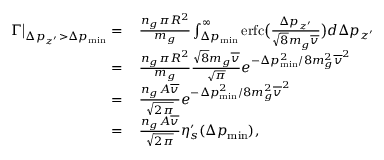
\begin{array} { r l } { \Gamma \big | _ { \Delta p _ { z ^ { \prime } } > \Delta p _ { \mathrm { m i n } } } = } & { \, \frac { n _ { g } \pi R ^ { 2 } } { m _ { g } } \int _ { \Delta p _ { \mathrm { m i n } } } ^ { \infty } \mathrm { e r f c } \big ( \frac { \Delta p _ { z ^ { \prime } } } { \sqrt { 8 } m _ { g } \overline { { v } } } \big ) d \Delta p _ { z ^ { \prime } } } \\ { = } & { \, \frac { n _ { g } \pi R ^ { 2 } } { m _ { g } } \frac { \sqrt { 8 } m _ { g } \overline { { v } } } { \sqrt { \pi } } e ^ { - \Delta p _ { \mathrm { m i n } } ^ { 2 } / 8 m _ { g } ^ { 2 } \overline { { v } } ^ { 2 } } } \\ { = } & { \, \frac { n _ { g } A \overline { { v } } } { \sqrt { 2 \pi } } e ^ { - \Delta p _ { \mathrm { m i n } } ^ { 2 } / 8 m _ { g } ^ { 2 } \overline { { v } } ^ { 2 } } } \\ { = } & { \, \frac { n _ { g } A \overline { { v } } } { \sqrt { 2 \pi } } \eta _ { s } ^ { \prime } ( \Delta p _ { \mathrm { m i n } } ) , } \end{array}